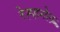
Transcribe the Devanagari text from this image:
रेह्हगेल